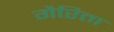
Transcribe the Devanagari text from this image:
गैरिता